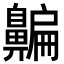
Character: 𪖯